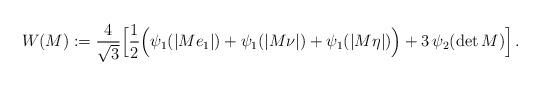
LaTeX: \begin{align*}W(M):=\frac{4}{\sqrt{3}}\Big[\frac{1}{2}\Big(\psi_1(| M e_1|)+\psi_1(|M\nu|)+\psi_1(| M \eta|)\Big)+3\, \psi_2(\det M)\Big]\,.\\\end{align*}